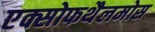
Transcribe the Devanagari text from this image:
एक्सोफथैलमोस